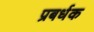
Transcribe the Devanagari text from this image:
प्रबर्धक